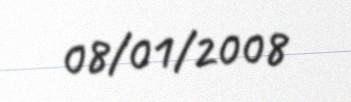
08/01/2008